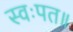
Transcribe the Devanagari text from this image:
स्वःपत॥